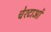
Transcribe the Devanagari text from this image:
चेश्टाओं